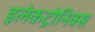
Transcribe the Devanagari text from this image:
इलेकट्रोनिक्स